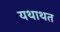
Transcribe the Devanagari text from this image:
यथाथत